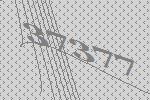
37377